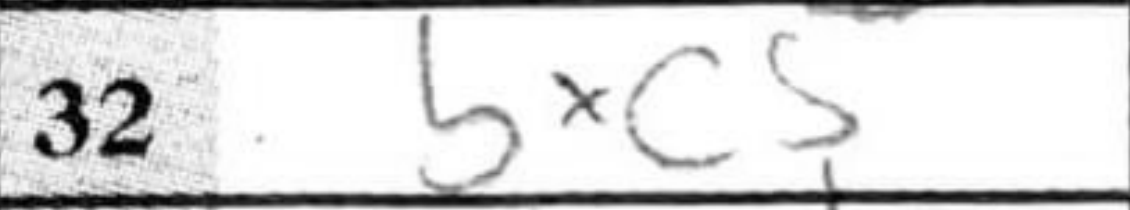
Transcription: bxc5